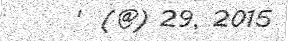
'  (@) 29